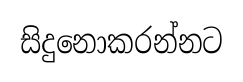
සිදුනොකරන්නට